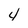
Character: 4